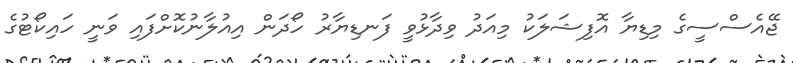
ޖޭއެސްސީގެ މިޑިޔާ އޮފިޝަލަކު މިއަދު ވިދާޅުވީ ފަނޑިޔާރު ހޯދަން އިއުލާނުކޮށްފައި ވަނީ ހައިކޯޓުގެ